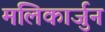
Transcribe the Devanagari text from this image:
मलिकार्जुन